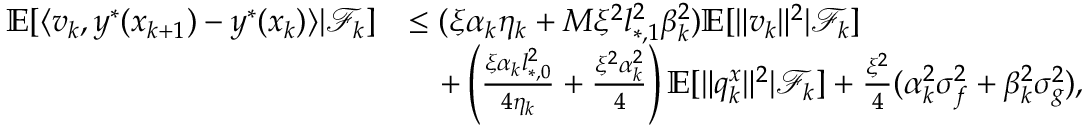
\begin{array} { r l } { \mathbb { E } [ \langle v _ { k } , y ^ { * } ( x _ { k + 1 } ) - y ^ { * } ( x _ { k } ) \rangle | \mathcal { F } _ { k } ] } & { \le ( \xi \alpha _ { k } \eta _ { k } + M \xi ^ { 2 } l _ { * , 1 } ^ { 2 } \beta _ { k } ^ { 2 } ) \mathbb { E } [ \| v _ { k } \| ^ { 2 } | \mathcal { F } _ { k } ] } \\ & { \quad + \left( \frac { \xi \alpha _ { k } l _ { * , 0 } ^ { 2 } } { 4 \eta _ { k } } + \frac { \xi ^ { 2 } \alpha _ { k } ^ { 2 } } { 4 } \right) \mathbb { E } [ \| q _ { k } ^ { x } \| ^ { 2 } | \mathcal { F } _ { k } ] + \frac { \xi ^ { 2 } } { 4 } ( \alpha _ { k } ^ { 2 } \sigma _ { f } ^ { 2 } + \beta _ { k } ^ { 2 } \sigma _ { g } ^ { 2 } ) , } \end{array}